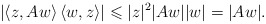
\begin{align*} \left|\left\langle z,Aw\right\rangle\left\langle w,z\right\rangle\right| \leqslant |z|^2|Aw||w| = |Aw|. \end{align*}